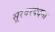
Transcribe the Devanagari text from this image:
सूरवरवंदना